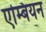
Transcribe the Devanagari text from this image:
एम्बियन